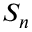
S _ { n }